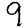
Digit: 9